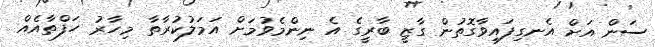
ސަން އަށް އެނގިފައިވާގޮތުން ގާޒީ ބާރީގެ އެ ނިންމެވުމަށް އަމަލުކުރާތާ މިހާރު ހަފްތާއެއް